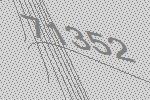
71352